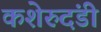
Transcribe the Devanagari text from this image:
कशेरुदंडी